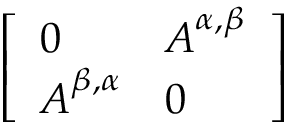
\left[ \begin{array} { l l } { \boldsymbol { 0 } } & { \boldsymbol { A } ^ { \alpha , \beta } } \\ { \boldsymbol { A } ^ { \beta , \alpha } } & { \boldsymbol { 0 } } \end{array} \right]